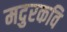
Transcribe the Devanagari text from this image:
मदुरकवि